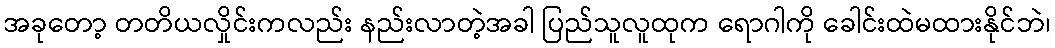
အခုတော့ တတိယလှိုင်းကလည်း နည်းလာတဲ့အခါ ပြည်သူလူထုက ရောဂါကို ခေါင်းထဲမထားနိုင်ဘဲ၊